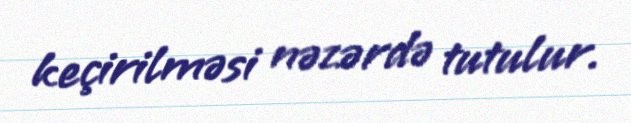
keçirilməsi nəzərdə tutulur.